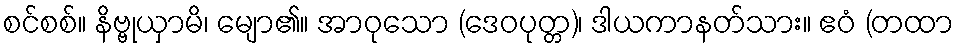
စင်စစ်။ နိဗ္ဗုယှာမိ၊ မျော၏။ အာဝုသော (ဒေဝပုတ္တ)၊ ဒါယကာနတ်သား။ ဧဝံ (တထာ